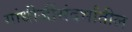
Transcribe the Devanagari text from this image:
गांधीजींसंदर्भांतील